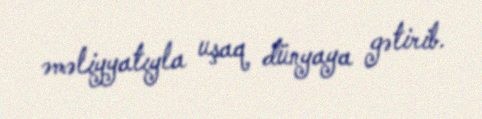
əməliyyatıyla uşaq dünyaya gətirib.